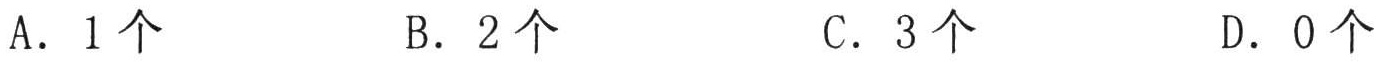
A．1个
B．2个
C．3个
D．0个